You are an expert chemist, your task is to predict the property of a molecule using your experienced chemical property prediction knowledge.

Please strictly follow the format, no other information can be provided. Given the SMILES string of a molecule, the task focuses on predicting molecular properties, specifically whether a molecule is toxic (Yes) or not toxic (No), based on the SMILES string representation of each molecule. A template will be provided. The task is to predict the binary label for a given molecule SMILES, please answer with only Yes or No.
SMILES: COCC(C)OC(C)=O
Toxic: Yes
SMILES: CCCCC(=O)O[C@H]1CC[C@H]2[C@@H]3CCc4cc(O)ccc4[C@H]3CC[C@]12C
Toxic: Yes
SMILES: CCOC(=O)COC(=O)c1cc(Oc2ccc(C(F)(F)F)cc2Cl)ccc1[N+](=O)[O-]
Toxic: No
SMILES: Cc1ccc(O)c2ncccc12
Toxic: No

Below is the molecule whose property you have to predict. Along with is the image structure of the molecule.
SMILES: CC[C@H]1CC[C@H](NCc2cc3c(cc2OC)[C@H]2C[C@H]2C(=O)N3C)[C@H](c2ccccc2)N1
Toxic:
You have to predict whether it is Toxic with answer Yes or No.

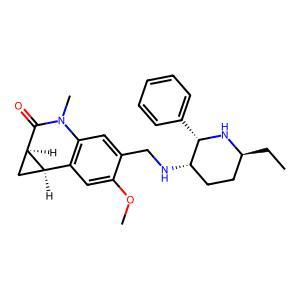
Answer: No